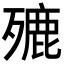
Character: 𣩏